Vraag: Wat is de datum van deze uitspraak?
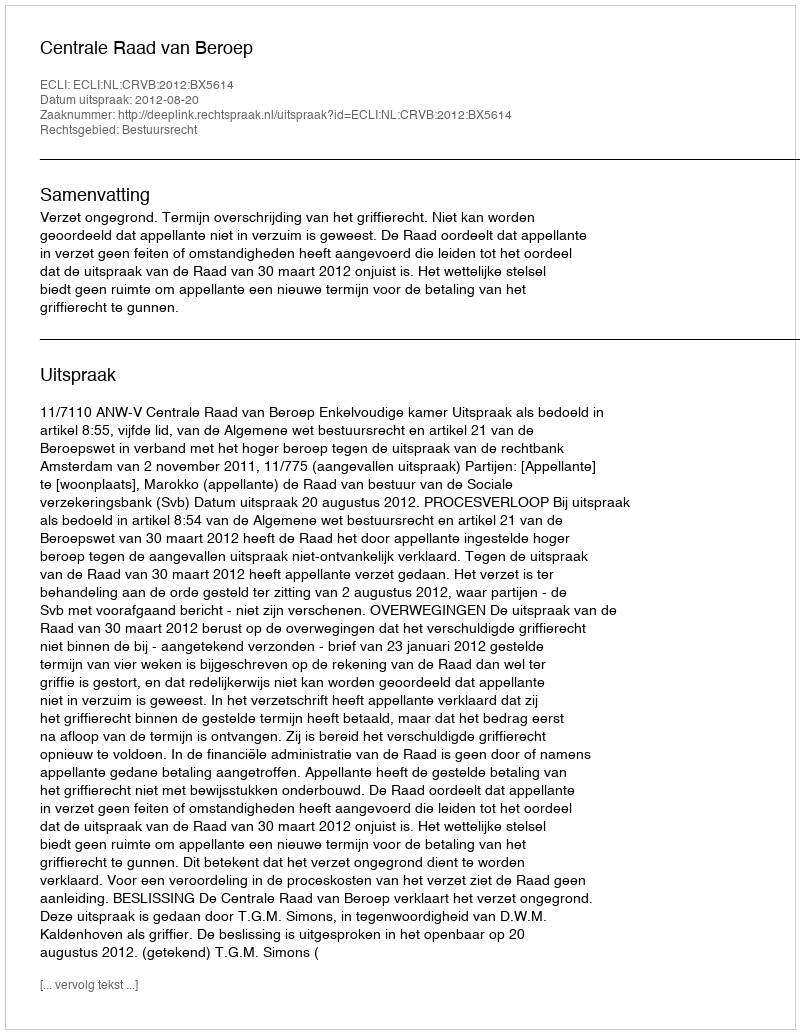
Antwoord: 2012-08-20